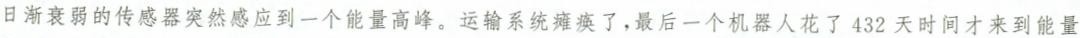
日渐衰弱的传感器突然感应到一个能量高峰。运输系统瘫痪了，最后一个机器人花了432天时间才来到能量